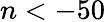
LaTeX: n<-50